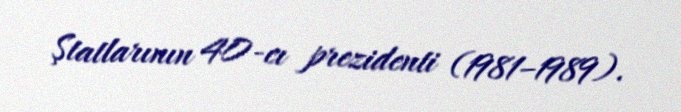
Ştatlarının 40-cı prezidenti (1981–1989).